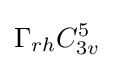
\Gamma _{rh}C_{3v}^{5}